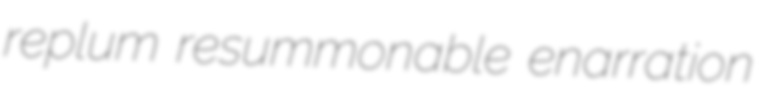
replum resummonable enarration